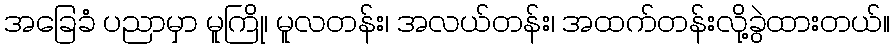
အခြေခံ ပညာမှာ မူကြို၊ မူလတန်း၊ အလယ်တန်း၊ အထက်တန်းလို့ခွဲထားတယ်။